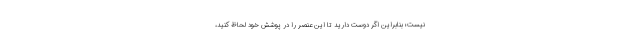
نیست؛ بنابراین اگر دوست دارید تا این عنصر را در پوشش خود لحاظ کنید،